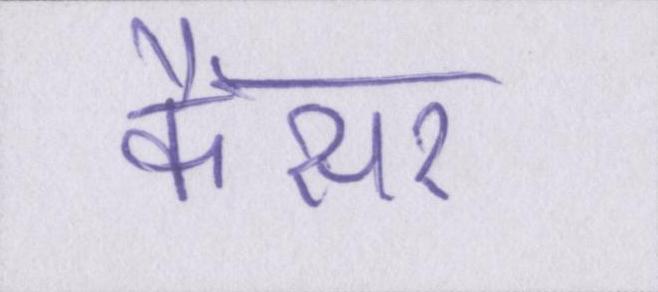
कैंसर